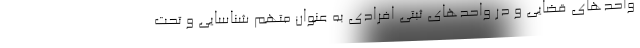
واحدهای قضایی و در واحدهای ثبتی افرادی به عنوان متهم شناسایی و تحت